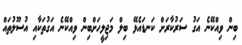
ބިން ވިއްކޭނެ އަގު ސަރުކާރަށް ކަނޑައެޅޭ ބިލް މަޖިލީހަށްބިން ވިއްކޭނެ އަގުތަކާއި އުސޫލުތައް